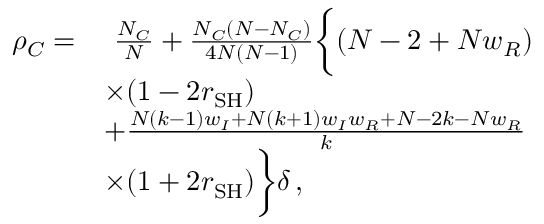
\begin{array} { r l } { \rho _ { C } = } & { ~ \frac { N _ { C } } { N } + \frac { N _ { C } ( N - N _ { C } ) } { 4 N ( N - 1 ) } \bigg \{ ( N - 2 + N w _ { R } ) } \\ & { \times ( 1 - 2 r _ { \mathrm { S H } } ) } \\ & { + \frac { N ( k - 1 ) w _ { I } + N ( k + 1 ) w _ { I } w _ { R } + N - 2 k - N w _ { R } } { k } } \\ & { \times ( 1 + 2 r _ { \mathrm { S H } } ) \bigg \} \delta \, , } \end{array}